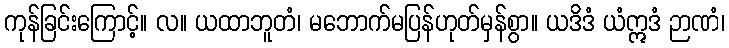
ကုန်ခြင်းကြောင့်။ လ။ ယထာဘူတံ၊ မဘောက်မပြန်ဟုတ်မှန်စွာ။ ယဒိဒံ ယံဣဒံ ဉာဏံ၊